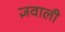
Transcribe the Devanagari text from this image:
ज्ञवाली